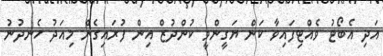
އަދި އެބޯޓު ވެއްޓިފައިވާ ކަން ޔަގީންވީ ކުންދުޒް އިން ފުރައިގެން މިއަދު ހެނދުނު